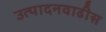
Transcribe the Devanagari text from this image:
उत्पादनवाढीस